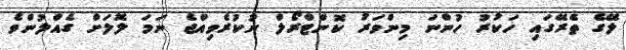
ލޭގެ ތެރޭގައި ހަކުރު ހުންނަ މިންވަރު ކޮންޓްރޯލް ނުކުރެވިއްޖެ ނަމަ ލޮލަށް ގެއްލުންވެ